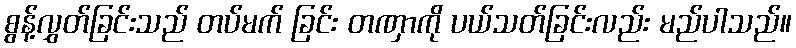
စွန့်လွှတ်ခြင်းသည် တပ်မက် ခြင်း တဏှာကို ပယ်သတ်ခြင်းလည်း မည်ပါသည်။